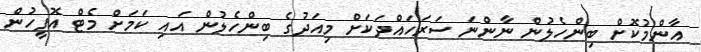
އާންމުކޮށް ބިންހެލުން ނާންނަ ސަރަހައްދަކަށް މިއަދުގެ ބިންހެލުން އައި ކަމަށް މެޓް އޮފީހުން